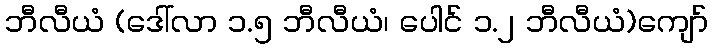
ဘီလီယံ (ဒေါ်လာ ၁.၅ ဘီလီယံ၊ ပေါင် ၁.၂ ဘီလီယံ)ကျော်